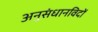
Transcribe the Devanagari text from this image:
अनुसंधानविदों